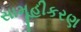
સામૂહીકરણ